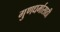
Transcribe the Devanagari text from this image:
गुणधर्मासाठी